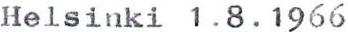
Helsinki 1.8.1966